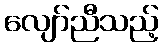
လျော်ညီသည့်